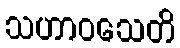
သဟာဝသေတိ